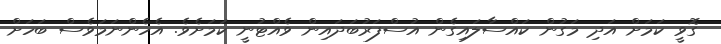
ގޮވީ ކަމަށް އަދި މަގުން ކައްސާލައިގެން އުސްފަރުބަދައިން ވެއްޓުނީ ކަމަށެވެ. އެހެންނަމަވެސް ބަހަށް